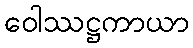
ဝေါဿဋ္ဌကာယာ